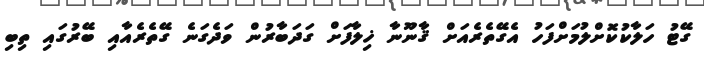
ގޭޓު ހަލާކުކޮށްލުމަށްފަހު އެގޭތެރެއަށް ޤާނޫނާ ޚިލާފަށް ގަދަބާރުން ވަދެގަނެ ގޭތެރެއާއި ބޭރުގައި ތިބި